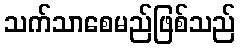
သက်သာစေမည်ဖြစ်သည်